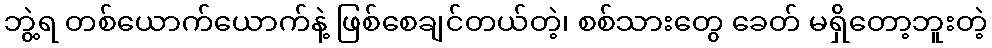
ဘွဲ့ရ တစ်ယောက်ယောက်နဲ့ ဖြစ်စေချင်တယ်တဲ့၊ စစ်သားတွေ ခေတ် မရှိတော့ဘူးတဲ့